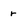
Character: r